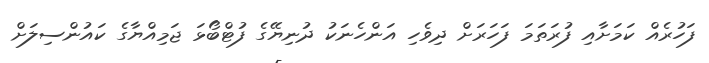
ފަހުރެއް ކަމަށާއި ފުރަތަމަ ފަހަރަށް ދިވެހި އަންހެނަކު ދުނިޔޭގެ ފުޓްބޯޅަ ޖަމިއްޔާގެ ކައުންސިލަށް